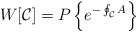
\begin{align*}W[{\cal C}]= P\left\{e^{-\oint_{\cal C} A}\right\}\end{align*}